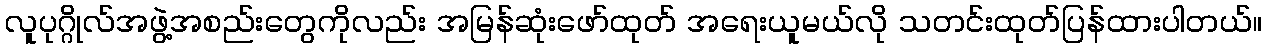
လူပုဂ္ဂိုလ်အဖွဲ့အစည်းတွေကိုလည်း အမြန်ဆုံးဖော်ထုတ် အရေးယူမယ်လို သတင်းထုတ်ပြန်ထားပါတယ်။